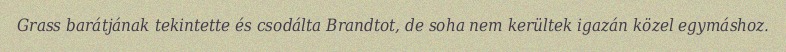
Grass barátjának tekintette és csodálta Brandtot, de soha nem kerültek igazán közel egymáshoz.